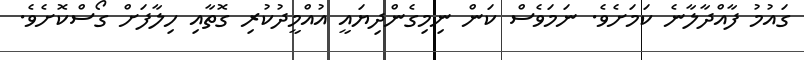
ގައުމު ފާއްދާލާނެ ކަމަށެވެ. ނަމަވެސް ކަން ނިމިގެންދިޔައީ އުއްމީދުކުރި ގޮތާއި ހިލާފަށް ގޯސްކޮށެވެ.